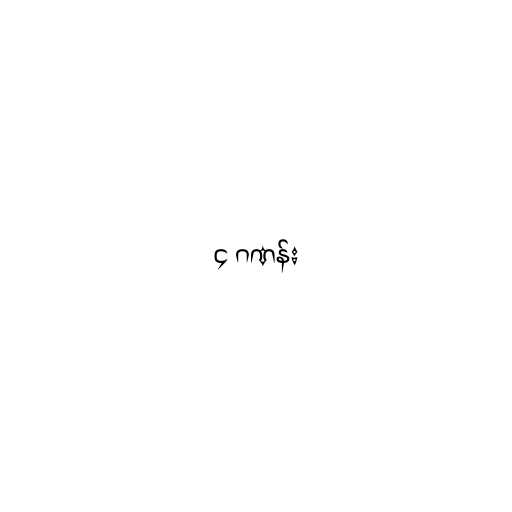
၄ ဂဏန်း